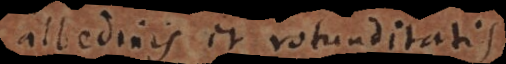
albedinis et rotunditatis.